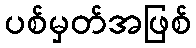
ပစ်မှတ်အဖြစ်